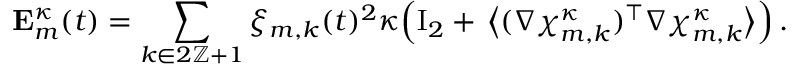
\mathbf { E } _ { m } ^ { \kappa } ( t ) = \sum _ { k \in 2 \ensuremath { \mathbb { Z } } + 1 } \xi _ { m , k } ( t ) ^ { 2 } \kappa \Bigl ( \ensuremath { \mathrm { I } _ { 2 } } + \, \bigl \langle ( \nabla { \boldsymbol { \chi } } _ { m , k } ^ { \kappa } ) ^ { \intercal } \nabla { \boldsymbol { \chi } } _ { m , k } ^ { \kappa } \bigr \rangle \Bigr ) \, .